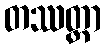
တဿတ္ထာ